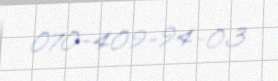
070-409-94-03